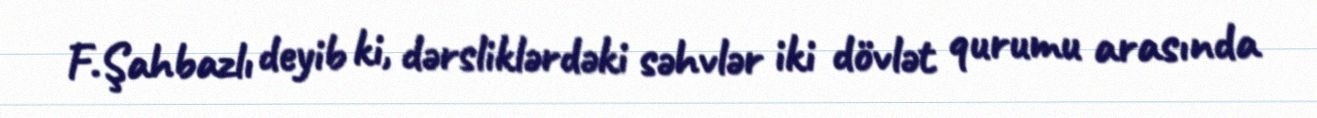
F.Şahbazlı deyib ki, dərsliklərdəki səhvlər iki dövlət qurumu arasında